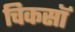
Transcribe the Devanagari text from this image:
चिकसॉ